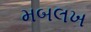
મબલખ